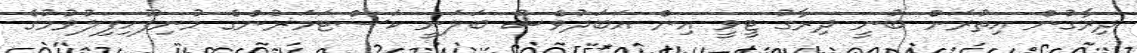
ދިރާގުން އިތުރަށް ބުނީ ދިރާގު ޓީވީ އިން އަބަދުވެސް ބަލަނީ ކަސްޓަމަރުންގެ މުނިފޫހިފިލުވުމުގެ